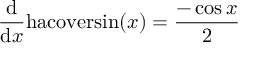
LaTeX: { \frac { \mathrm { d } } { \mathrm { d } x } } \mathrm { h a c o v e r s i n } ( x ) = { \frac { - \cos { x } } { 2 } }